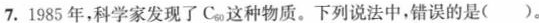
7.1985年，科学家发现了C_{60}这种物质。下列说法中，错误的是( )。